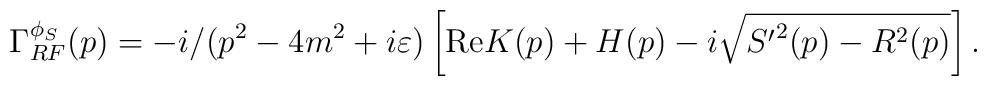
\Gamma_{RF}^{\phi_S}(p)=-i/(p^2-4m^2+i\varepsilon)\left[{\rm Re}K(p)+H(p)  -i\sqrt{{S'}^2(p)-R^2(p)}\right].